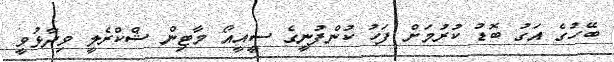
ބޭހުގެ އަގު ބޮޑު ކުރުމަށް ފަހު ކުންފުނީގެ ސީއީއޯ މާޓިން ޝްކްރެލީ ވިދާޅުވީ